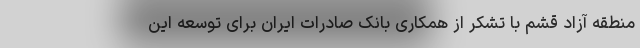
منطقه آزاد قشم با تشکر از همکاری بانک صادرات ایران برای توسعه این